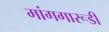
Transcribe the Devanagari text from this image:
मांगगारूडी